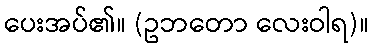
ပေးအပ်၏။ (ဥဘတော လေးဝါရ)။